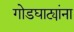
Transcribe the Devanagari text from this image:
गोडघाट्यांना